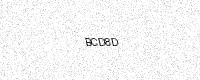
Text: BCD8D